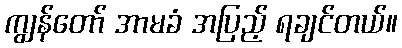
ကျွန်တော် အာမခံ အပြည့် ရချင်တယ်။